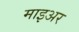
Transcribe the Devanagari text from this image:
माइअर